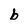
Character: b